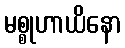
မစ္စုဟာယိနော